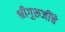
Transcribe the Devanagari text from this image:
श्रीगुरुजींचे